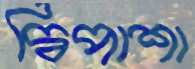
দ্বিপাশা